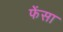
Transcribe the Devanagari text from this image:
फेंसा